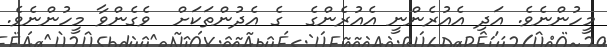
މީހުންނެވެ. އަދި އެއުރެންނީ އެއުރެންގެ  ގެ އެދުންތަކަށް  ވެގެންވާ މީހުންނެވެ.